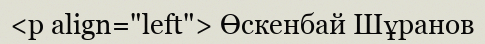
<p align="left"> Өскенбай Шұранов